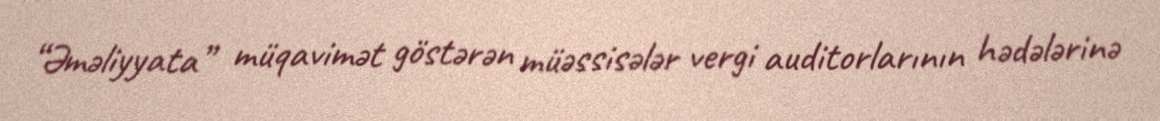
“Əməliyyata” müqavimət göstərən müəssisələr vergi auditorlarının hədələrinə